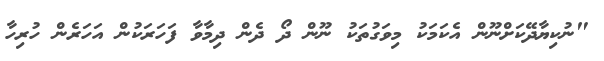
"ނުކިޔާދޭކަށްނޫން އެކަމަކު މިވަގުތަކު ނޫން ދޯ ދެން ދިމާވާ ފަހަރަކުން އަހަރެން ހުރިހާ